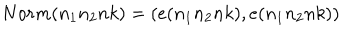
LaTeX: N o r m ( n _ { 1 } n _ { 2 } n k ) = ( e ( n _ { 1 } n _ { 2 } n k ) , e ( n _ { 1 } n _ { 2 } n k ) )